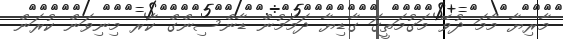
މާރިޔާ މާމަ ދުވޭ މަގުމަތީގަ ގާޑިޔާ ދަމަމުން ޑާންސިންގް ކާރ މިނިވަން ކުރަން